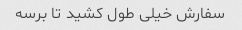
سفارش خیلی طول کشید تا برسه